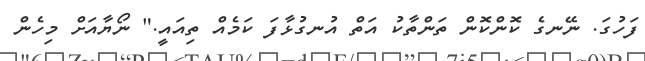
ފަހުގަ. ނޭނގެ ކޮންކޮން ތަންތާކު އަތް އުނގުޅާފަ ކަމެއް ތިއައީ." ނޯޔާއަށް މިހެން